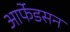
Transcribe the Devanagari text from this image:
आर्फेडसन